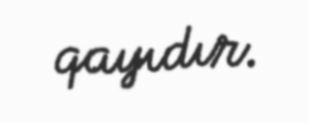
qayıdır.